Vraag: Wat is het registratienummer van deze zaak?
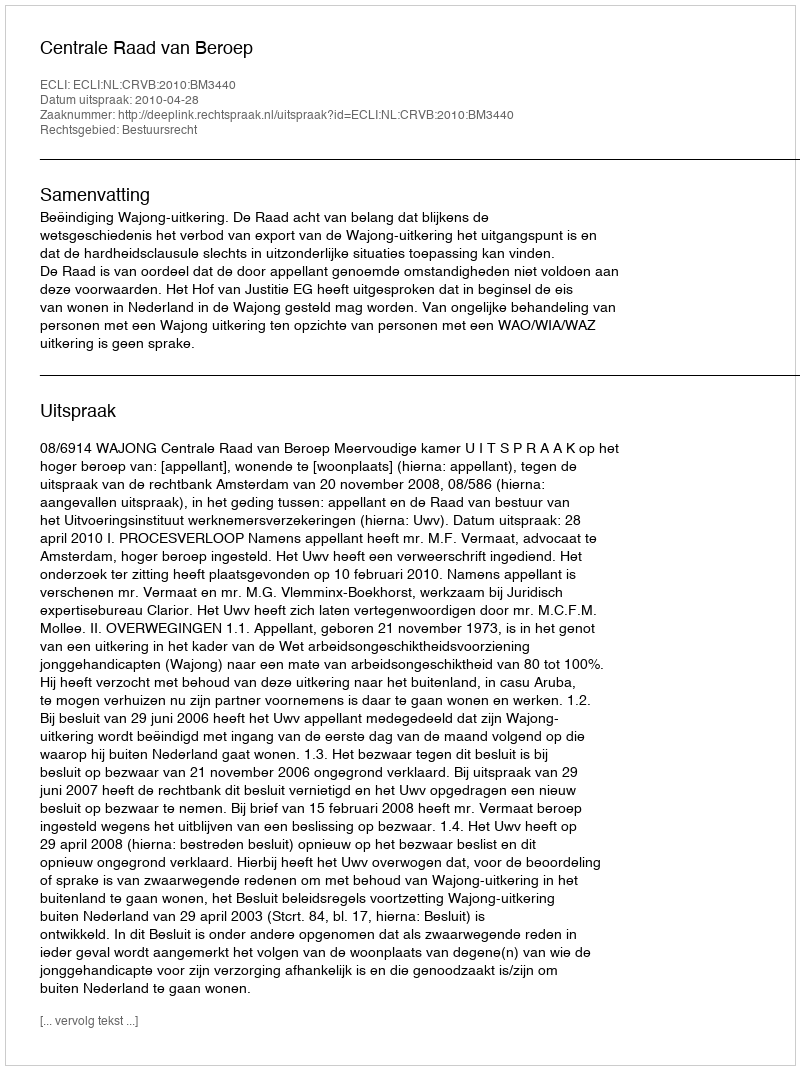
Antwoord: http://deeplink.rechtspraak.nl/uitspraak?id=ECLI:NL:CRVB:2010:BM3440